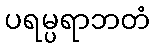
ပရမ္ပရာဘတံ